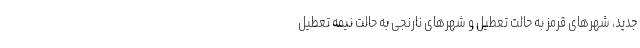
جدید، شهرهای قرمز به حالت تعطیل و شهرهای نارنجی به حالت نیمه تعطیل